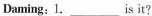
Daming：1. __is it?